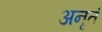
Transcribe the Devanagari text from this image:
अनृतं